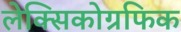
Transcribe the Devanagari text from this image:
लेक्सिकोग्रफिक